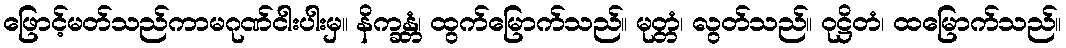
ဖြောင့်မတ်သည်ကာမဂုဏ်ငါးပါးမှ။ နိက္ခန္တံ၊ ထွက်မြောက်သည်။ မုတ္တံ၊ လွတ်သည်။ ဝုဋ္ဌိတံ၊ ထမြောက်သည်။